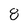
Character: 8